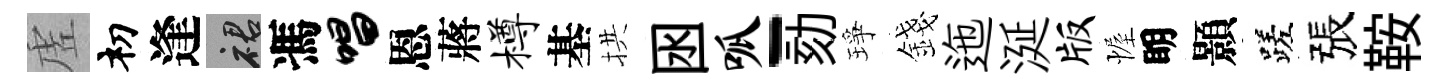
虗𥘉逢裙馮唱恩蔣樽基拱囦呱-劾琤錢迤涎版幄眀顥蹉張鞍